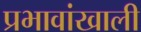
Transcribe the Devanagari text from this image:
प्रभावांखाली